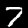
Digit: 7